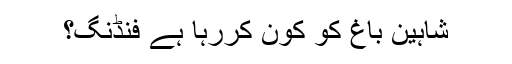
شاہین باغ کو کون کررہا ہے فنڈنگ؟